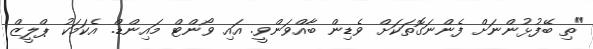
"ތި ބޭފުޅުންނަށް ފެންނަގޮތަކަށް ވެޑިން ބާއްވަންވީ. އައި ވޯންޓް މައިންޑް. އެކަމަކު ޕްލީޒް